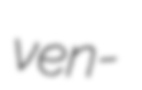
ven-